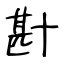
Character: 卙